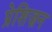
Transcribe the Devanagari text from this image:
प्रेशिज़न